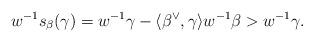
LaTeX: \begin{align*}w^{-1}s_\beta(\gamma) = w^{-1}\gamma - \langle \beta^\vee,\gamma\rangle w^{-1}\beta > w^{-1}\gamma.\end{align*}